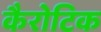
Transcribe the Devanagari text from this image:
कैरोटिक